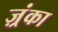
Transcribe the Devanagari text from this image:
ज़्रंका